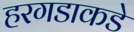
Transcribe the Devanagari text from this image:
हरगडाकडे